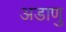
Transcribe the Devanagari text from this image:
अडाणु